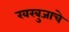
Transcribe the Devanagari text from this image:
खरबुजाचे